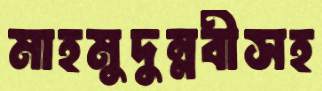
মাহমুদুন্নবীসহ